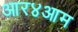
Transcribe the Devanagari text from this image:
आर४आम